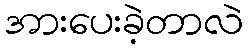
အားပေးခဲ့တာလဲ